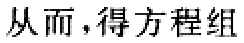
从而，得方程组